Annual report on the mental hospital in the Central Provinces and Berar (Nagpur) - 1927-1951
Year: 1927
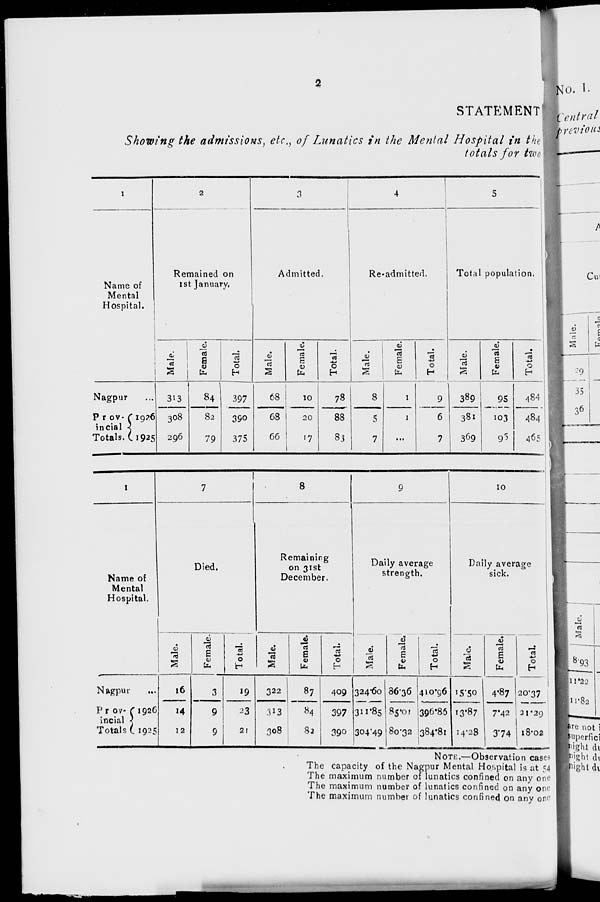
2
STATEMENT
Showing the admissions, etc., of Lunatics in the Mental Hospital in the
totals for two
1
Name of
Mental
Hospital.
Nagpur ...
Prov-
incial
Totals.
1926
1925
2
Remained on
1st January.
Male.
313
308
296
Female.
84
82
79
Total.
397
390
375
3
Admitted.
Male.
68
68
66
Female.
10
20
17
Total.
78
88
83
4
Re-admitted.
Male.
8
5
7
Female.
1
1
...
Total.
9
6
7
5
Total population.
Male.
389
381
369
Female.
95
103
95
Total.
484
484
465
1
Name of
Mental
Hospital.
Nagpur ...
Prov-
incial
Totals
1926
1925
7
Died.
Male.
16
14
12
Female.
3
9
9
Total.
19
23
21
8
Remaining
on 31st
December.
Male.
322
313
308
Female.
87
84
82
Total.
409
397
390
9
Daily average
strength.
Male.
324.60
311.85
304.49
Female.
86.36
85.01
80.32
Total.
410.96
396.86
384.81
10
Daily average
sick.
Male.
15.50
13.87
14.28
Female.
4.87
7.42
3.74
Total.
20.37
21.29
18.02
NOTE.—Observation cases
The capacity of the Nagpur Mental Hospital is at 54
The maximum number of lunatics confined on any one
The maximum number of lunatics confined on any one
The maximum number of lunatics confined on any one